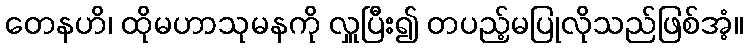
တေနဟိ၊ ထိုမဟာသုမနကို လှူပြီး၍ တပည့်မပြုလိုသည်ဖြစ်အံ့။